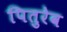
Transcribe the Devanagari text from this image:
पितुरेव